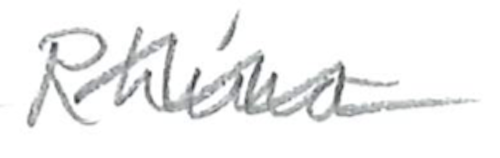
Text: Rhino
Cross-out: wave
Writing tool: pencil